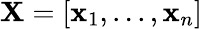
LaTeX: \mathbf X=[\mathbf x_{1},...,\mathbf x_{n}]